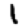
Digit: 1